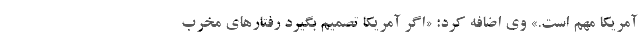
آمریکا مهم است.» وی اضافه کرد: «اگر آمریکا تصمیم بگیرد رفتارهای مخرب